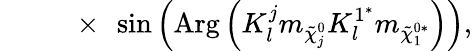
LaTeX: ~~~~~~~~~~\times~\sin\left(\mathrm{Arg}\left(K_{l}^{j}m_{\tilde{\chi}_{j}^{0}}K_{l}^{1^{*}}m_{\tilde{\chi}_{1}^{0*}}\right)\right),